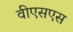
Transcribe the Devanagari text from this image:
वीएसएस